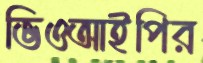
ভিওআইপির